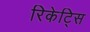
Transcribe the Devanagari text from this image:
रिकेट्सि